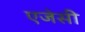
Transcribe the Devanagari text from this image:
एजेसी